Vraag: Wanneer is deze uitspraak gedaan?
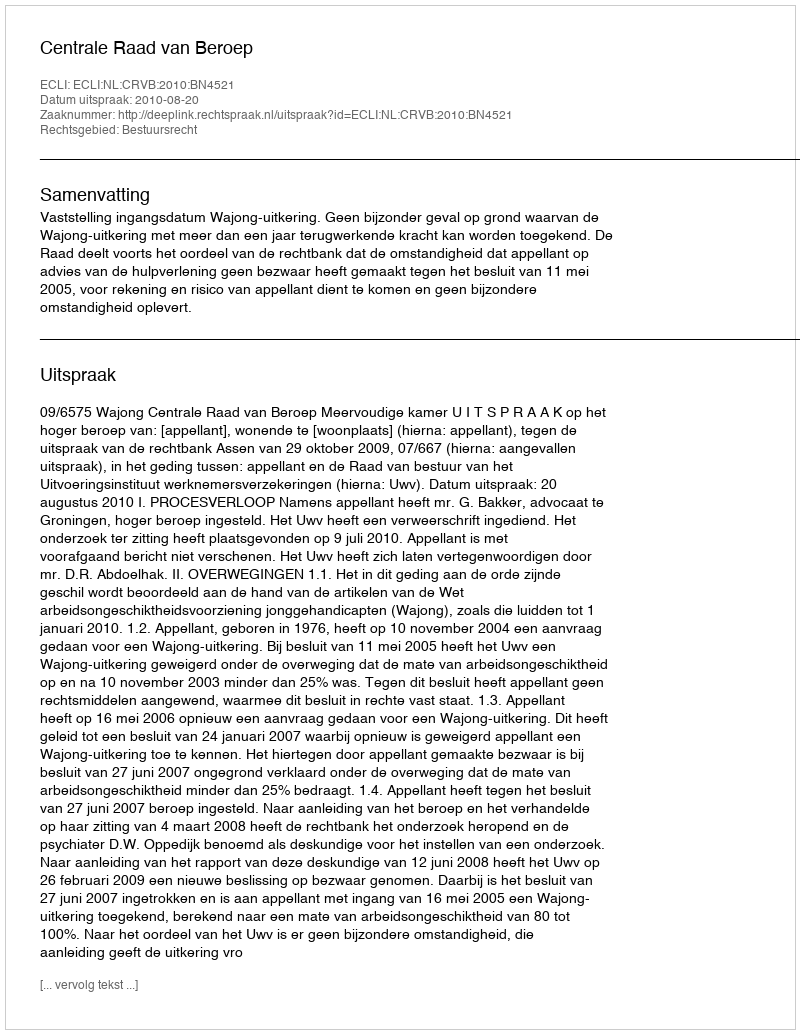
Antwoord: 2010-08-20